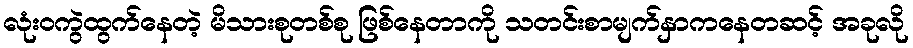
လုံးဝကွဲထွက်နေတဲ့ မိသားစုတစ်စု ဖြစ်နေတာကို သတင်းစာမျက်နှာကနေတဆင့် အခုလို